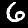
Label: 6